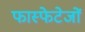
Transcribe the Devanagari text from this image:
फास्फेटेजों